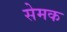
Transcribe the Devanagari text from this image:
सेमक